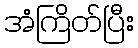
အံကြိတ်ပြီး